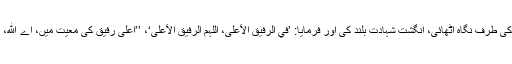
آپ نے آسمان کی طرف نگاہ اٹھائی، انگشت شہادت بلند کی اور فرمایا: ’في الرفیق الأعلٰی، اللّٰہم الرفیق الأعلٰی‘، ’’اعلیٰ رفیق کی معیت میں، اے ﷲ، اعلیٰ ہم راہی‘‘!